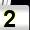
Digit: 2